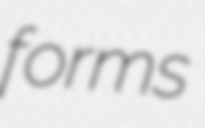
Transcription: forms